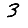
Digit: 3